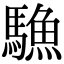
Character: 𩥭